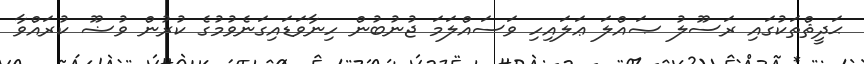
ޙަދީޘްތަކުގައި ރަސޫލު ޞައްލަ ޢަލައިހި ވަސައްލަމަ ޖުނުބުން ހިނާވަޑައިގަނެވުމުގެ ކުރުން ވުޟޫ ކުރައްވާ